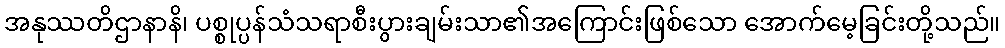
အနုဿတိဌာနာနိ၊ ပစ္စုပ္ပန်သံသရာစီးပွားချမ်းသာ၏အကြောင်းဖြစ်သော အောက်မေ့ခြင်းတို့သည်။